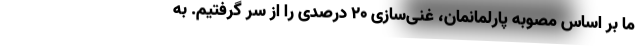
ما بر اساس مصوبه پارلمانمان، غنی‌سازی ۲۰ درصدی را از سر گرفتیم. به